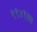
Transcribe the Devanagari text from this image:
१९४१ला